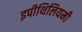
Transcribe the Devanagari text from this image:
इपीथिलियमी